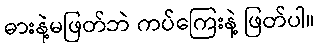
ဓားနဲ့မဖြတ်ဘဲ ကပ်ကြေးနဲ့ ဖြတ်ပါ။